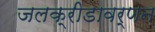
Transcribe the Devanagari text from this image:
जलक्रीडावर्णन